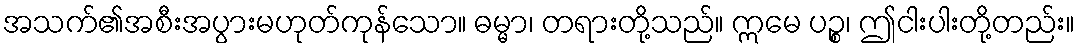
အသက်၏အစီးအပွားမဟုတ်ကုန်သော။ ဓမ္မာ၊ တရားတို့သည်။ ဣမေ ပဉ္စ၊ ဤငါးပါးတို့တည်း။